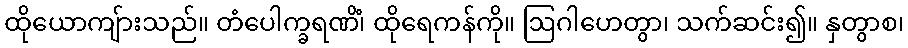
ထိုယောကျ်ားသည်။ တံပေါက္ခရဏိံ၊ ထိုရေကန်ကို။ ဩဂါဟေတွာ၊ သက်ဆင်း၍။ နှတွာစ၊